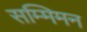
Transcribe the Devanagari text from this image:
सम्मिमन